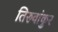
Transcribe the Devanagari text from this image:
तिरुवांकुर